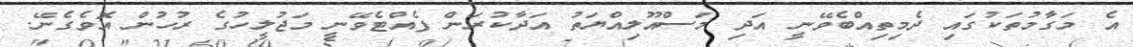
އެ މަގާމުތަކުގައި ދެމިތިއްބެވޭނީ އަދި މަސްއޫލިއްޔަތު އަދާކުރަން ފެއްޓެވޭނީ މަޖުލީހުގެ ރުހުން އޮވެގެނޭ.